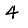
Digit: 4